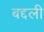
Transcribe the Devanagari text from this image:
बद्दली